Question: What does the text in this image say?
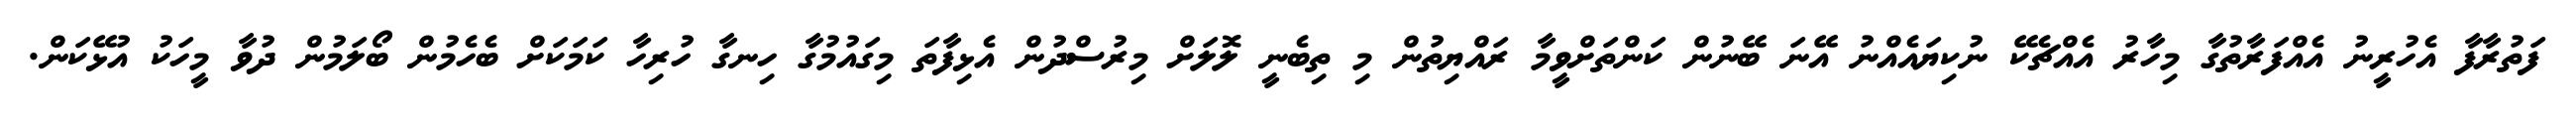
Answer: ފަތުރާފާ އެހުރީނު އެއްފަރާތުގާ މިހާރު އެއްޗެކޭ ނުކިޔައެއްނު އޭނަ ބޭނުން ކަންތަށްވީމާ ރައްޔިތުން މި ތިބެނީ ލޮލަށް މިރުސްދުން އެޅިފާތަ މިގައުމުގާ ހިނގާ ހުރިހާ ކަމަކަށް ބެހެމުން ބޯލަމުން ދުވާ މީހަކު އުޅޭކަން.